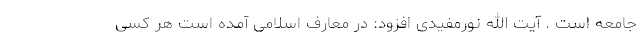
جامعه است . آیت الله نورمفیدی افزود: در معارف اسلامی آمده است هر کسی